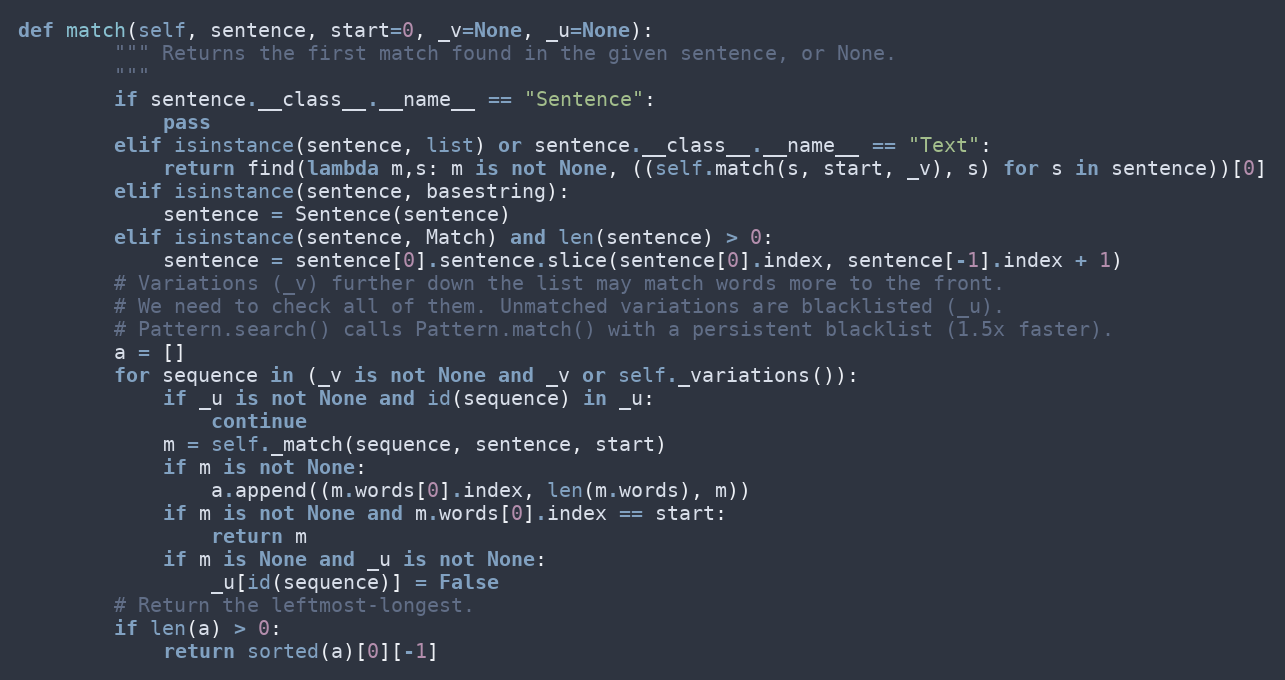
Language: Python
def match(self, sentence, start=0, _v=None, _u=None):
        """ Returns the first match found in the given sentence, or None.
        """
        if sentence.__class__.__name__ == "Sentence":
            pass
        elif isinstance(sentence, list) or sentence.__class__.__name__ == "Text":
            return find(lambda m,s: m is not None, ((self.match(s, start, _v), s) for s in sentence))[0]
        elif isinstance(sentence, basestring):
            sentence = Sentence(sentence)
        elif isinstance(sentence, Match) and len(sentence) > 0:
            sentence = sentence[0].sentence.slice(sentence[0].index, sentence[-1].index + 1)
        # Variations (_v) further down the list may match words more to the front.
        # We need to check all of them. Unmatched variations are blacklisted (_u).
        # Pattern.search() calls Pattern.match() with a persistent blacklist (1.5x faster).
        a = []
        for sequence in (_v is not None and _v or self._variations()):
            if _u is not None and id(sequence) in _u:
                continue
            m = self._match(sequence, sentence, start)
            if m is not None:
                a.append((m.words[0].index, len(m.words), m))
            if m is not None and m.words[0].index == start:
                return m
            if m is None and _u is not None:
                _u[id(sequence)] = False
        # Return the leftmost-longest.
        if len(a) > 0:
            return sorted(a)[0][-1]